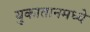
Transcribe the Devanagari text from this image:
युकातानमध्ये